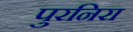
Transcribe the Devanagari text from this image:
पुरनिरा